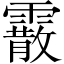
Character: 霰